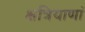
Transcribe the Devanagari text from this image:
क्षत्रियाणां